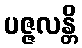
ပဇ္ဇလန္တိ